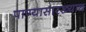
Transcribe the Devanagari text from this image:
पाण्यासारख्याच